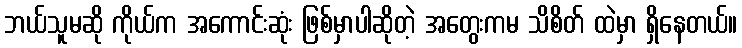
ဘယ်သူမဆို ကိုယ်က အကောင်းဆုံး ဖြစ်မှာပါဆိုတဲ့ အတွေးကမ သိစိတ် ထဲမှာ ရှိနေတယ်။